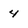
Character: 4